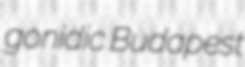
gonidic Budapest